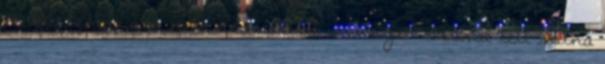
is közben,de azt nem számoltam mennyit. Szóval lett volna